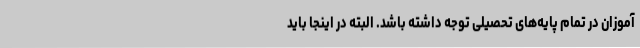
آموزان در تمام پایه‌های تحصیلی توجه داشته باشد. البته در اینجا باید